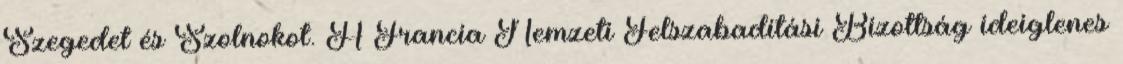
Szegedet és Szolnokot. A Francia Nemzeti Felszabadítási Bizottság ideiglenes